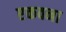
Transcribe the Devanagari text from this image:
एकवना